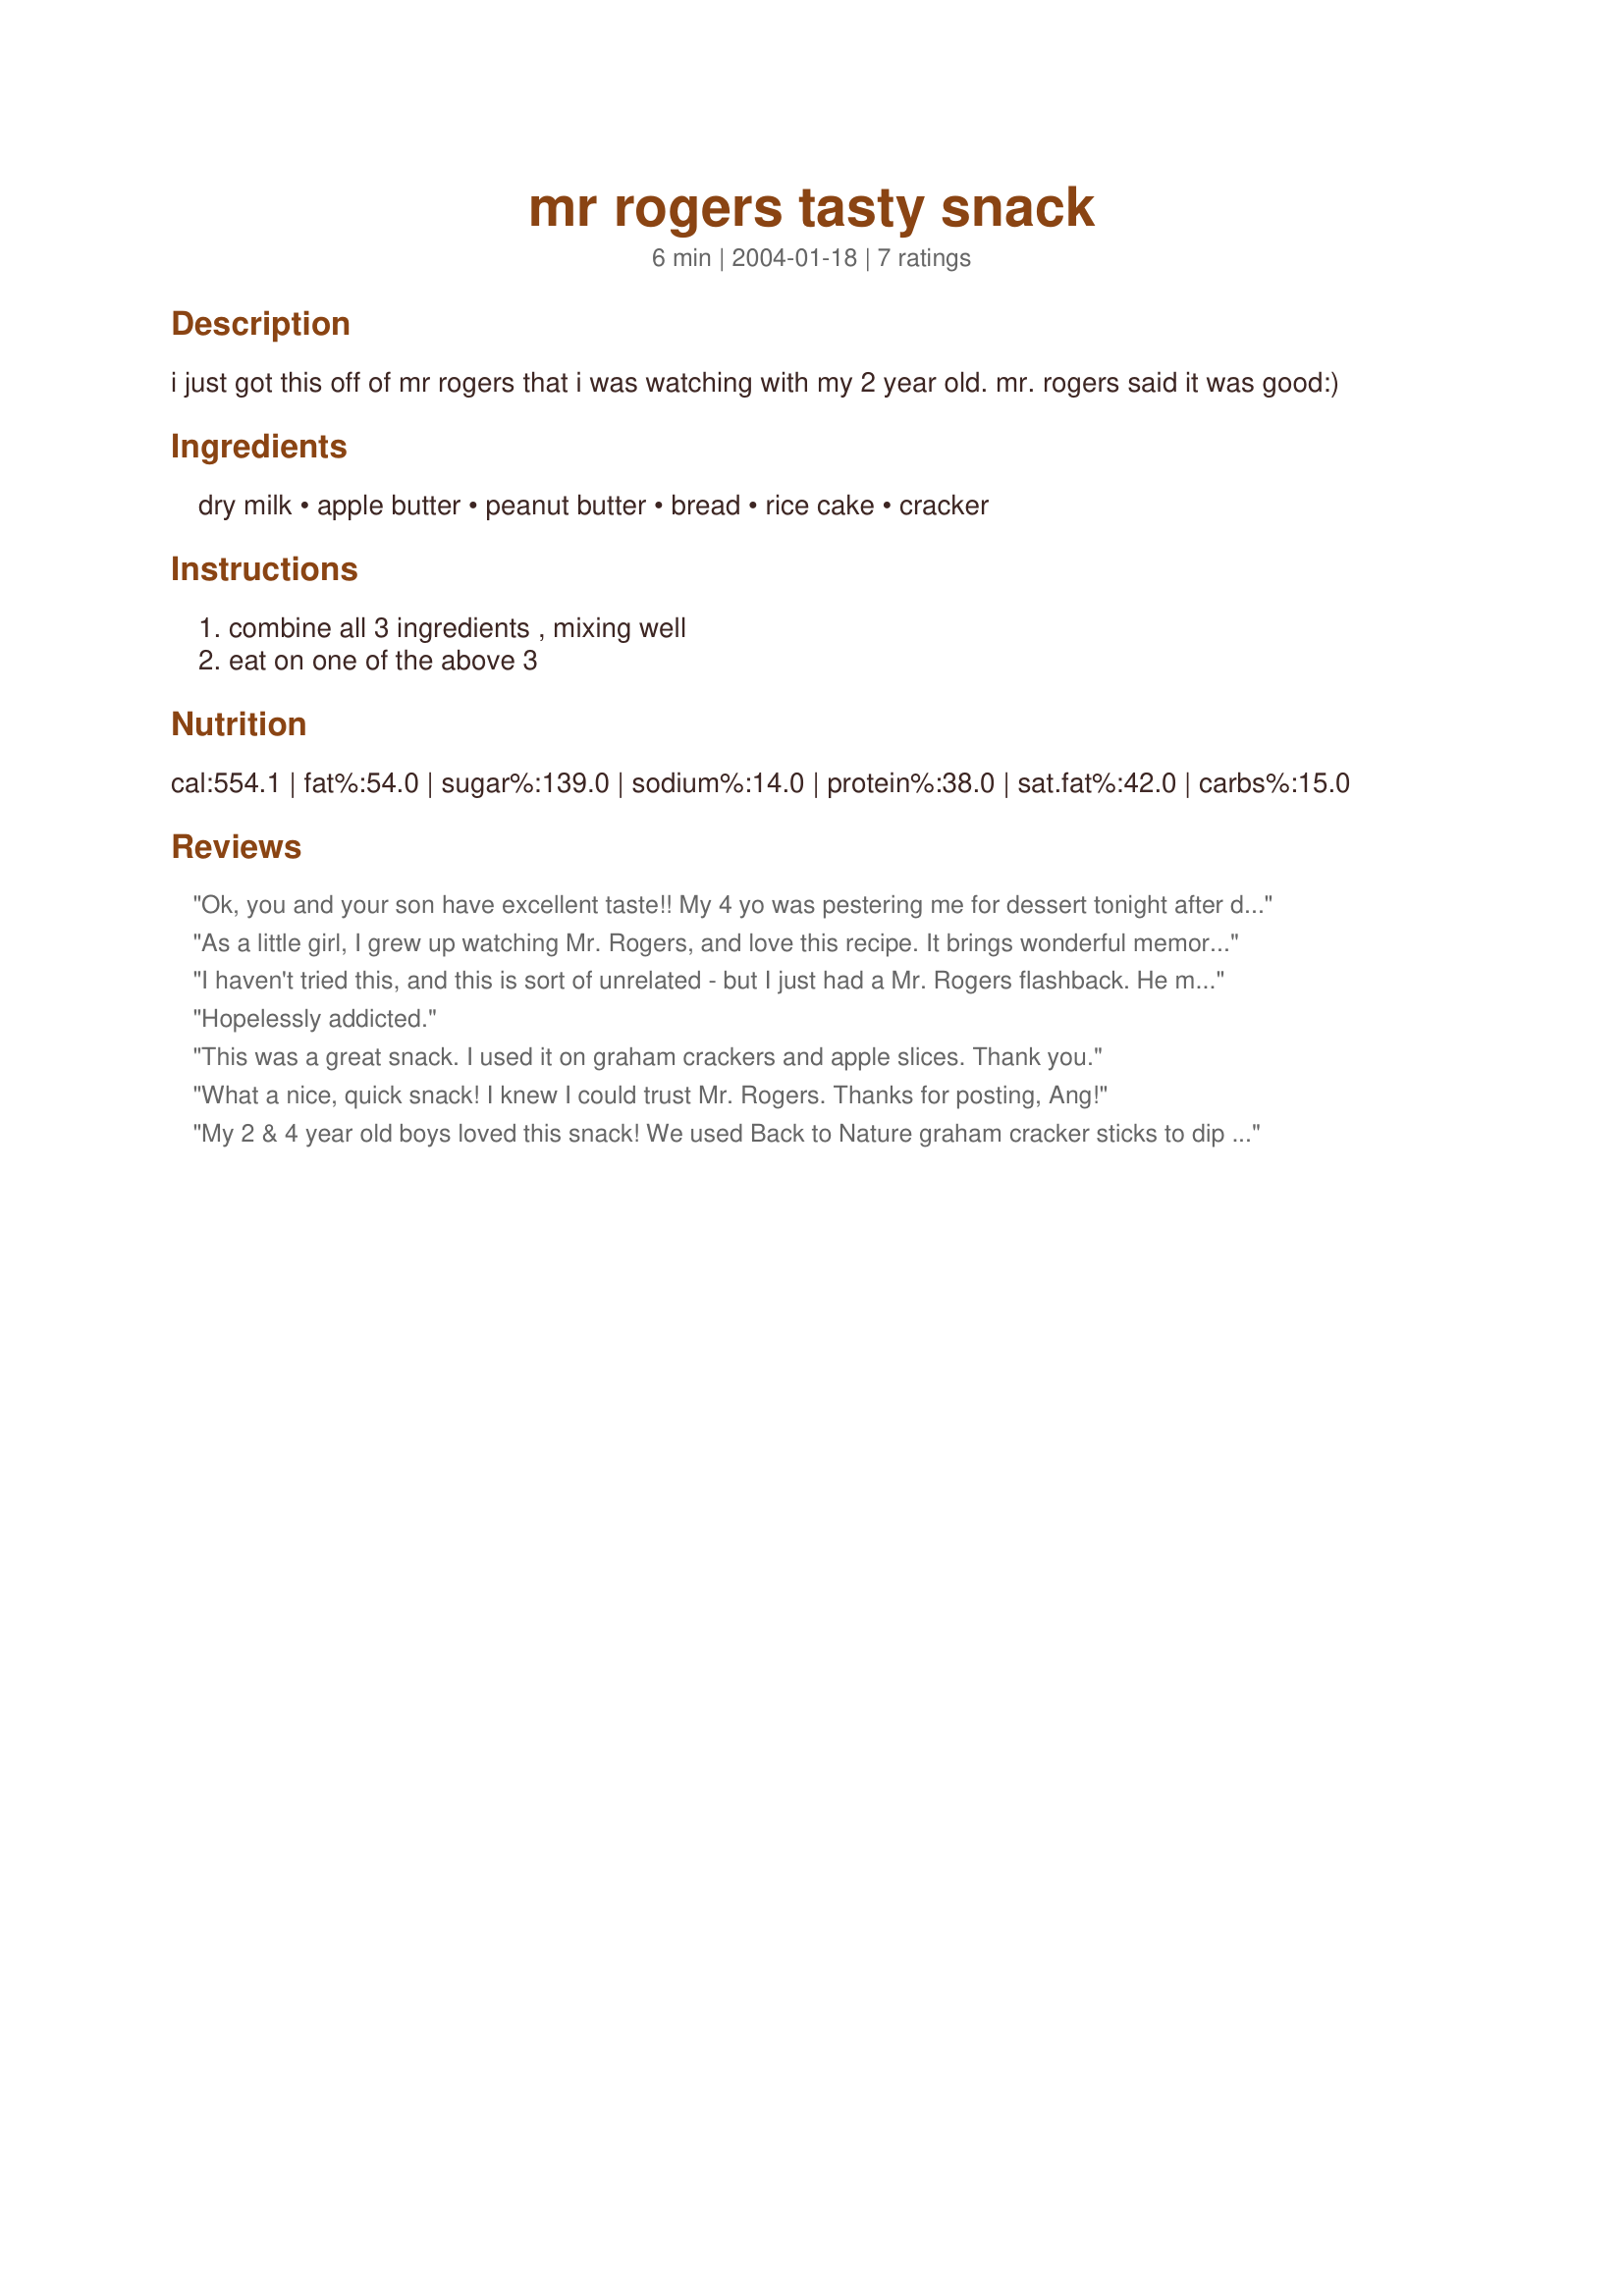
mr rogers tasty snack
Preparation time: 6 minutes

i just got this off of mr rogers that i was watching with my 2 year old. mr. rogers said it was good:)

Ingredients:
dry milk, apple butter, peanut butter, bread, rice cake, cracker

Steps:
combine all 3 ingredients , mixing well, eat on one of the above 3

Reviews:
Ok, you and your son have excellent taste!! My 4 yo was pestering me for dessert tonight after dinner, but I was all cooked out. I was looking through new recipes and thought this might do the trick. We ate it on graham crackers and it was PERFECT!! It was sort of light and fluffy and didn't have an overpowering peanut butter flavor. I frequently feed DS peanut butter & apple butter sandwiches, so I imagined that's what this would taste like, but it is MUCH better!! 
DS said "That dessert was better than popcorn." VERY high praise from my son!! Thanks!
As a little girl, I grew up watching Mr. Rogers, and love this recipe. It brings wonderful memories of childhood, and is also healthy. Thank you for sharing.
I haven't tried this, and this is sort of unrelated - but I just had a Mr. Rogers flashback. He made this "cakes" out of thin chocolate layers layered with cool whip, and then frozen. My mom and I looked all over town for the chocolate wafers and finally found them, and we made the cake in a pyramid shape and it was so yummy scrumboes. Isn't Mr. Rogers great?
Hopelessly addicted.

This was a great snack. I used it on graham crackers and apple slices. Thank you.
What a nice, quick snack! I knew I could trust Mr. Rogers. Thanks for posting, Ang!
My 2 & 4 year old boys loved this snack! We used Back to Nature graham cracker sticks to dip with. Easy little afternoon snack!
